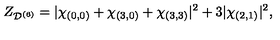
Z _ { \mathcal { D } ^ { ( 6 ) } } = | \chi _ { ( 0 , 0 ) } + \chi _ { ( 3 , 0 ) } + \chi _ { ( 3 , 3 ) } | ^ { 2 } + 3 | \chi _ { ( 2 , 1 ) } | ^ { 2 } ,